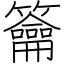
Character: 籥